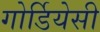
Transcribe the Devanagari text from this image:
गोर्डियेसी